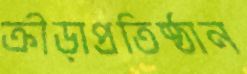
ক্রীড়াপ্রতিষ্ঠান